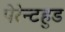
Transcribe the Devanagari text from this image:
पेरेन्टहुड